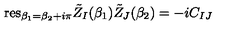
\mathrm { r e s } _ { \beta _ { 1 } = \beta _ { 2 } + i \pi } { \tilde { Z } } _ { I } ( \beta _ { 1 } ) { \tilde { Z } } _ { J } ( \beta _ { 2 } ) = - i C _ { I J }